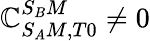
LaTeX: \mathbb{C}_{S_{A}M,T0}^{S_{B}M}\neq0